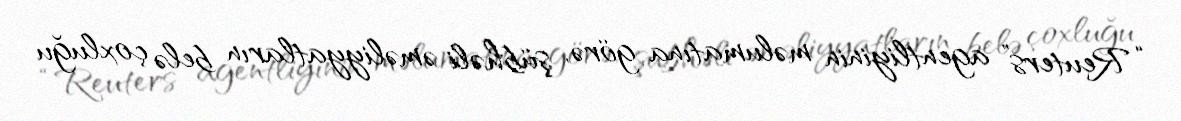
“Reuters” agentliyinin məlumatına görə, şübhəli əməliyyatların belə çoxluğu